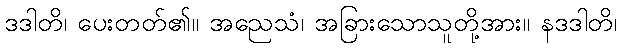
ဒဒါတိ၊ ပေးတတ်၏။ အညေသံ၊ အခြားသောသူတို့အား။ နဒဒါတိ၊